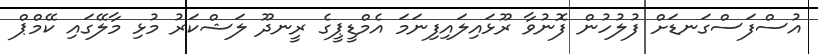
އުސްފަސްގަނޑަށް ފުލުހުން ފޮނުވާ ރޫޅައިލައިފިނަމަ އެމްޑީޕީގެ ރީނދޫ ލަޝްކަރު މުޅި މާލޭގައި ކޭމްޕް